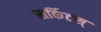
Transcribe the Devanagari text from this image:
सर्किटस्